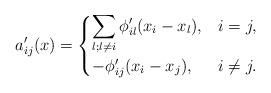
LaTeX: \begin{align*}a'_{ij}(x)=\begin{cases}\displaystyle{\sum_{l;l\neq i}\phi'_{il}(x_i-x_l)},&i=j,\\-\phi'_{ij}(x_i-x_j),&i\neq j.\end{cases}\end{align*}